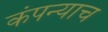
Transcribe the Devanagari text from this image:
कंपन्याच